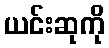
ယင်းဆုကို